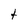
Character: t